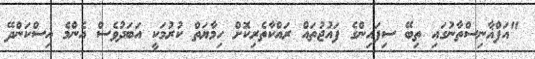
"އަފްޣާނިސްތާނުގައި ތިބޭ ސިފައިންގެ ފައުޖުތައް ރައްކާތެރިކޮށް ހިމާޔަތް ކުރުމަކީ އަބަދުވެސް އެންމެ އިސްކަންދޭ